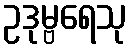
ဥဒုမ္ဗရေသု